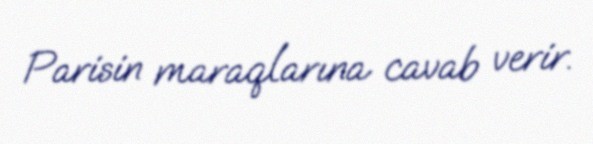
Parisin maraqlarına cavab verir.